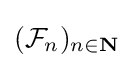
({\mathcal {F}}_{n})_{n\in \mathbf {N} }